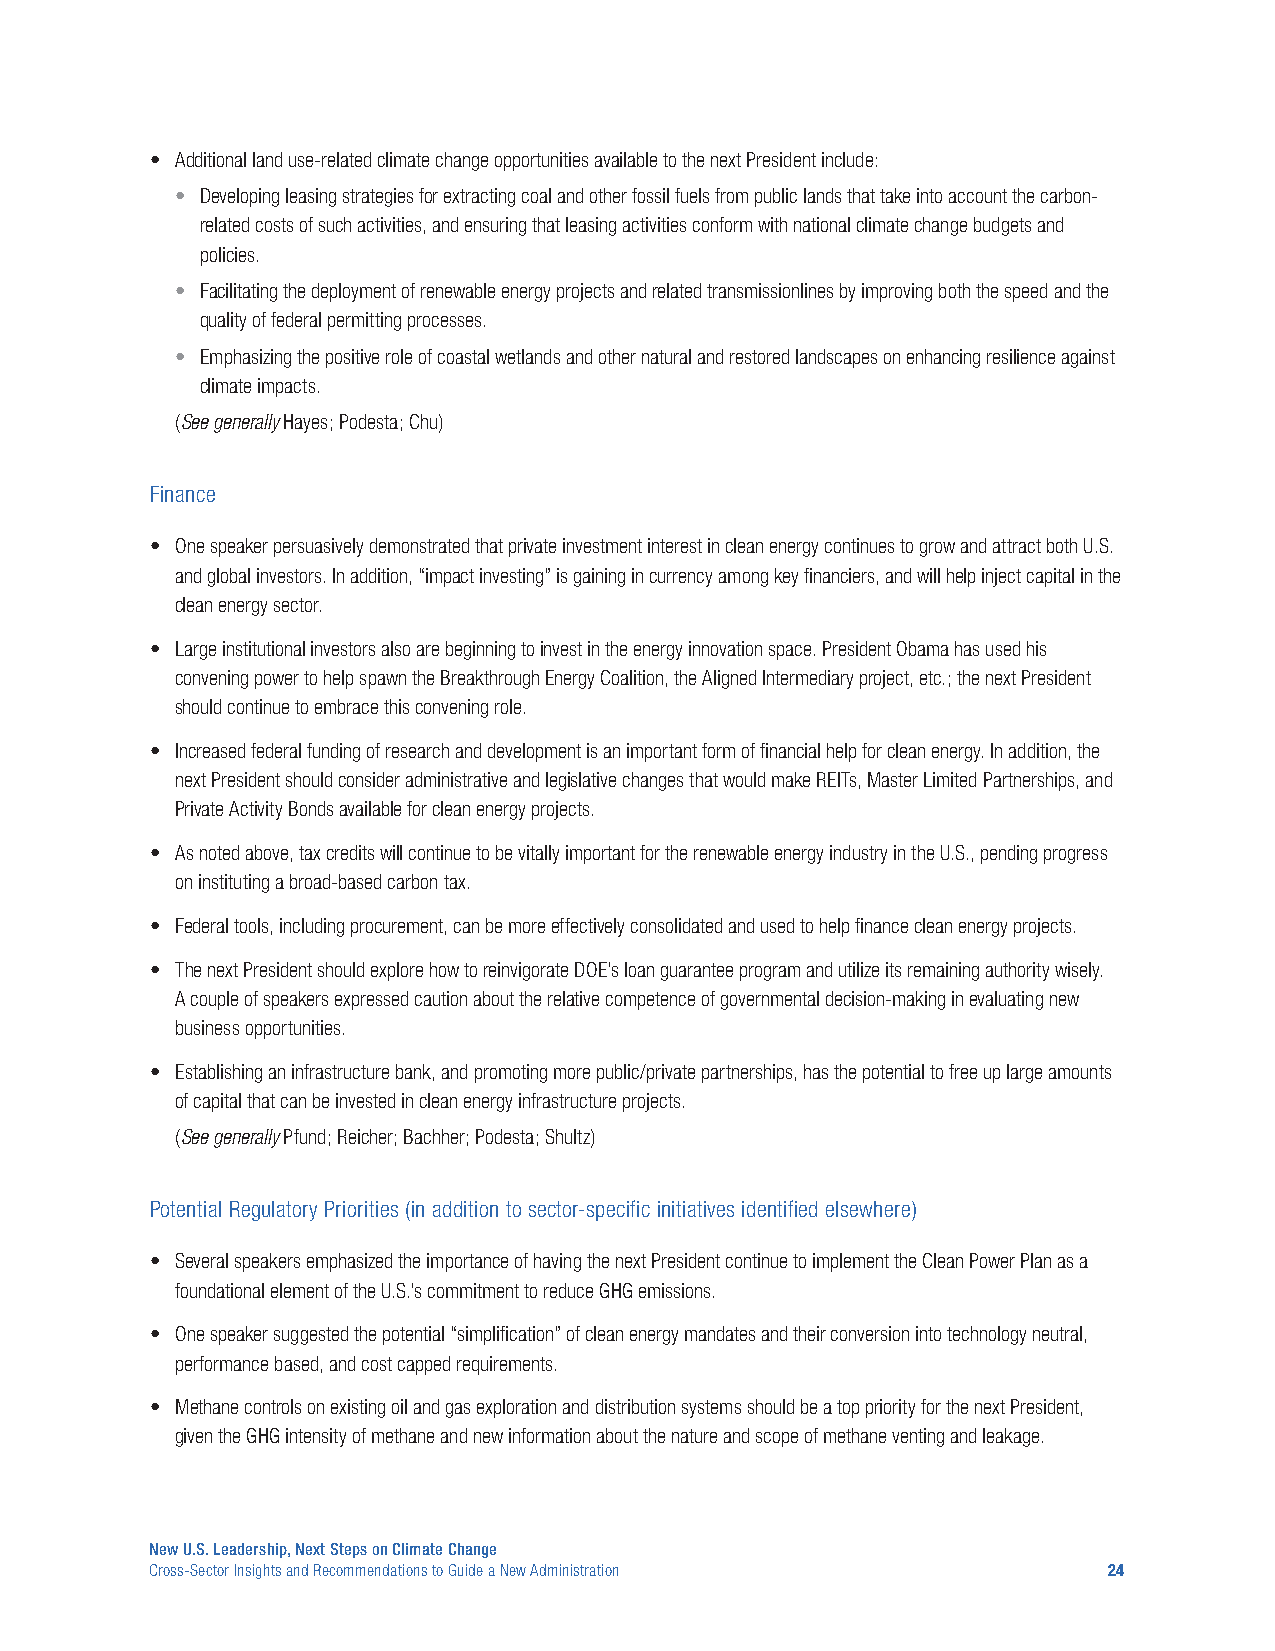
• Additional land use-related climate change opportunities available to the next President include:
 • Developing leasing strategies for extracting coal and other fossil fuels from public lands that take into account the carbon-
 related costs of such activities, and ensuring that leasing activities conform with national climate change budgets and
 policies.
 • Facilitating the deployment of renewable energy projects and related transmissionlines by improving both the speed and the
 quality of federal permitting processes.
 • Emphasizing the positive role of coastal wetlands and other natural and restored landscapes on enhancing resilience against
 climate impacts.
 (See generally Hayes; Podesta; Chu)
 Finance
 • One speaker persuasively demonstrated that private investment interest in clean energy continues to grow and attract both U.S.
 and global investors. In addition, “impact investing” is gaining in currency among key financiers, and will help inject capital in the
 clean energy sector.
 • Large institutional investors also are beginning to invest in the energy innovation space. President Obama has used his
 convening power to help spawn the Breakthrough Energy Coalition, the Aligned Intermediary project, etc.; the next President
 should continue to embrace this convening role.
 • Increased federal funding of research and development is an important form of financial help for clean energy. In addition, the
 next President should consider administrative and legislative changes that would make REITs, Master Limited Partnerships, and
 Private Activity Bonds available for clean energy projects.
 • As noted above, tax credits will continue to be vitally important for the renewable energy industry in the U.S., pending progress
 on instituting a broad-based carbon tax.
 • Federal tools, including procurement, can be more effectively consolidated and used to help finance clean energy projects.
 • The next President should explore how to reinvigorate DOE’s loan guarantee program and utilize its remaining authority wisely.
 A couple of speakers expressed caution about the relative competence of governmental decision-making in evaluating new
 business opportunities.
 • Establishing an infrastructure bank, and promoting more public/private partnerships, has the potential to free up large amounts
 of capital that can be invested in clean energy infrastructure projects.
 (See generally Pfund; Reicher; Bachher; Podesta; Shultz)
 Potential Regulatory Priorities (in addition to sector-specific initiatives identified elsewhere)
 • Several speakers emphasized the importance of having the next President continue to implement the Clean Power Plan as a
 foundational element of the U.S.’s commitment to reduce GHG emissions.
 • One speaker suggested the potential “simplification” of clean energy mandates and their conversion into technology neutral,
 performance based, and cost capped requirements.
 • Methane controls on existing oil and gas exploration and distribution systems should be a top priority for the next President,
 given the GHG intensity of methane and new information about the nature and scope of methane venting and leakage.
 New U.S. Leadership, Next Steps on Climate Change
 Cross-Sector Insights and Recommendations to Guide a New Administration 24